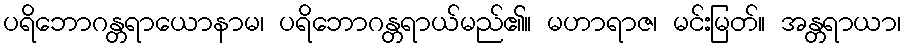
ပရိဘောဂန္တရာယောနာမ၊ ပရိဘောဂန္တရာယ်မည်၏။ မဟာရာဇ၊ မင်းမြတ်။ အန္တရာယာ၊